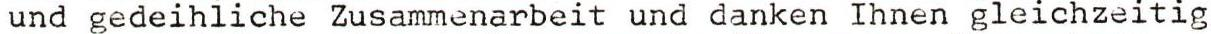
und gedeihiiche Zusammenarbeit und danken Ihnen gleichzeitig